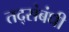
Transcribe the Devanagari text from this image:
तद्संबंधी